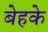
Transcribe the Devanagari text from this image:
बेहके